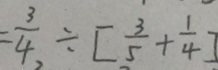
= \frac { 3 } { 4 } \div [ \frac { 3 } { 5 } + \frac { 1 } { 4 } ]